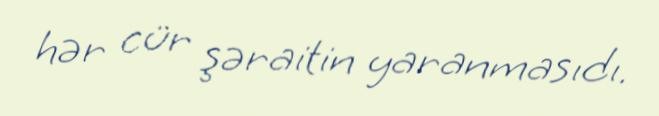
hər cür şəraitin yaranmasıdı.